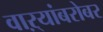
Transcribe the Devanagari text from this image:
वाऱ्यांबरोबर